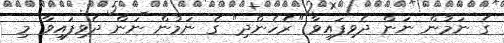
ގެ ނަމުން ނަން ދެވިފައިވާ "ރެހެންދި" ގެ ނަމުން ނަން ދެވިފައިވާ މި